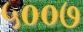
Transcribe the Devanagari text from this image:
५००७